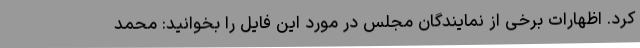
کرد. اظهارات برخی از نمایندگان مجلس در مورد این فایل را بخوانید: محمد